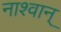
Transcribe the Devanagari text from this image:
नाश्वान्‌